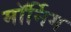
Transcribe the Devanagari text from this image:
मॉर्निग